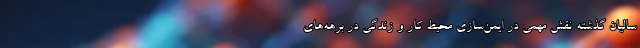
سالیان گذشته نقش مهمی در ایمن‌­سازی محیط کار و زندگی در برهه‌­های